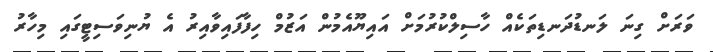
ވަރަށް ގިނަ ލަނޑުދަނޑިތަކެއް ހާސިލްކުރުމަށް އައިޔޫއެމުން އަޒުމް ހިފާފައިވާއިރު އެ ޔުނިވަސިޓީގައި މިހާރު